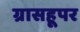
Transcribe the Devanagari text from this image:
ग्रासहूपर